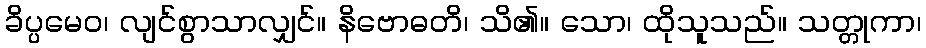
ခိပ္ပမေဝ၊ လျင်စွာသာလျှင်။ နိဗောဓတိ၊ သိ၏။ သော၊ ထိုသူသည်။ သတ္တုကာ၊